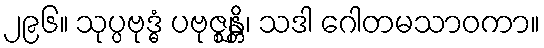
၂၉၆။ သုပ္ပဗုဒ္ဓံ ပဗုဇ္ဈန္တိ၊ သဒါ ဂေါတမသာဝကာ။